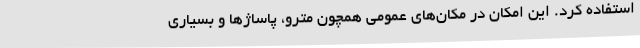
استفاده کرد. این امکان در مکان‌های عمومی همچون مترو، پاساژها و بسیاری